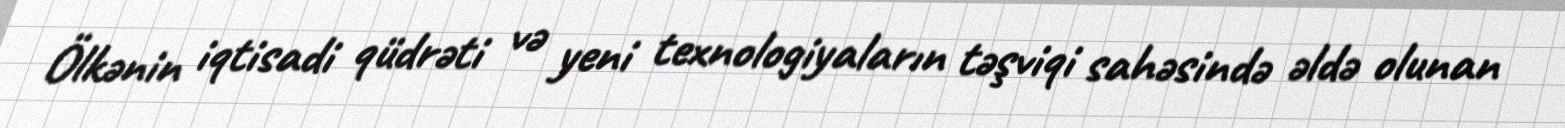
Ölkənin iqtisadi qüdrəti və yeni texnologiyaların təşviqi sahəsində əldə olunan